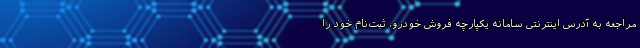
مراجعه به آدرس اینترنتی سامانه یکپارچه فروش خودرو، ثبت‌نام خود را